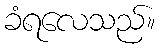
ခံရလေသည်။